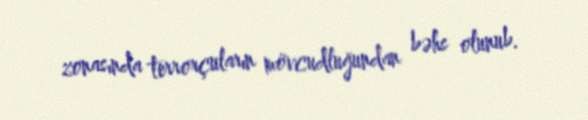
zonasında terrorçuların mövcudluğundan bəhs olunub.